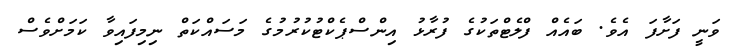
ވަނީ ފަށާފަ އެވެ. ބައެއް ފްލެޓްތަކުގެ ފުރާޅު އިންސްޕެކްޓުކުރުމުގެ މަސައްކަތް ނިމިފައިވާ ކަމަށްވެސް